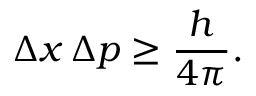
\Delta x \, \Delta p \geq { \frac { h } { 4 \pi } } .